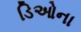
ડિઓના